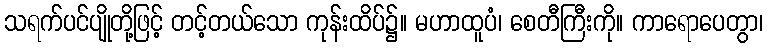
သရက်ပင်ပျိုတို့ဖြင့် တင့်တယ်သော ကုန်းထိပ်၌။ မဟာထူပံ၊ စေတီကြီးကို။ ကာရောပေတွာ၊